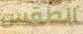
الطقس